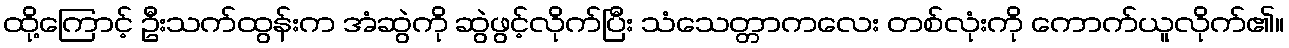
ထို့ကြောင့် ဦးသက်ထွန်းက အံဆွဲကို ဆွဲဖွင့်လိုက်ပြီး သံသေတ္တာကလေး တစ်လုံးကို ကောက်ယူလိုက်၏။